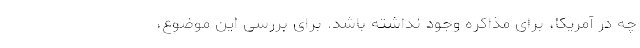
چه در آمریکا، برای مذاکره وجود نداشته باشد. برای بررسی این موضوع،